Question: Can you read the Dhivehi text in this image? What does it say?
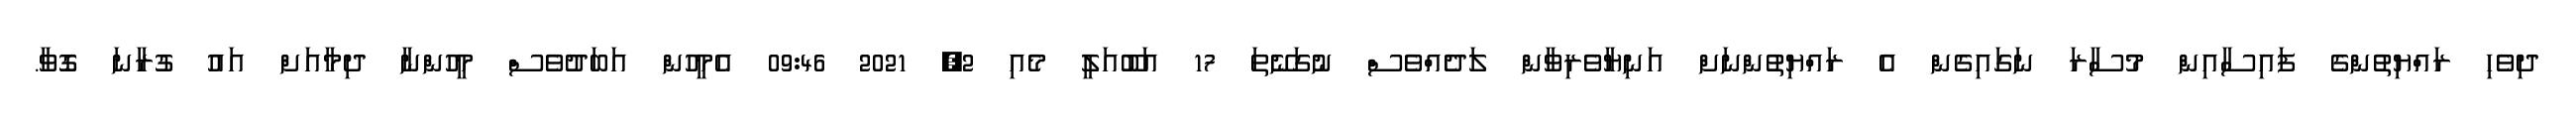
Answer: ދިވެހި ރައްޔިތުންގެ ފައިސާއިން މުސާރަ ނަގައިގެން އެ ރައްޔިތުންނަށް އަނިޔާވެރިވާން ލަދެއްވެސް ނުގަނޭތަ 17 އަބޫއަލީ މެއި 2, 2021 09:46 އެމީހުން އަބަދުވެސް މީހުންނާ ދިމާއަށް އައު ގުރާނަ ގޮވާ.